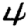
Digit: 4